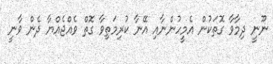
ނޫނީ ދިމާވާ ގޮތަކުން އެމީހުންނާއި އޭނާ ކުރިމަތިވާ ގޮތް ވެއްޖެއްޔާ ދެން ވާނީ